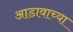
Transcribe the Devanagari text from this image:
आडावाच्या